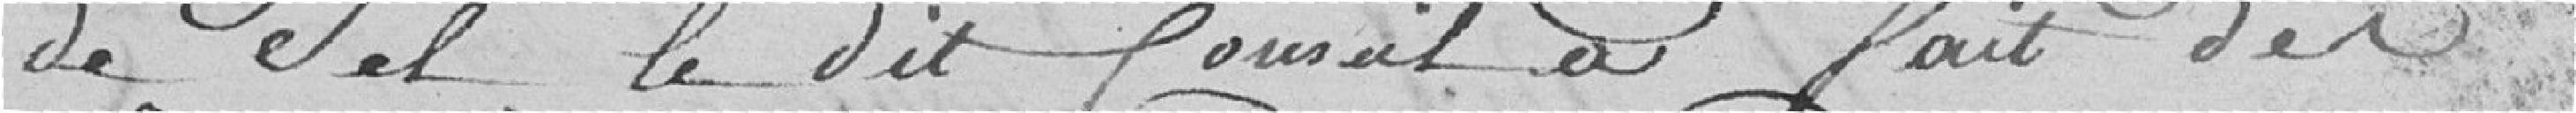
de sel, le dit Conseil a fait des